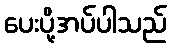
ပေးပို့အပ်ပါသည်